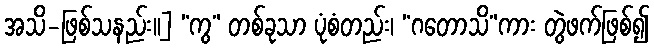
အသိ-ဖြစ်သနည်း၊၊] “ကွ” တစ်ခုသာ ပုံစံတည်း၊ “ဂတောသိ”ကား တွဲဖက်ဖြစ်၍